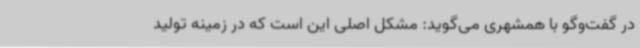
در گفت‌وگو با همشهری می‌گوید: مشکل اصلی این است که در زمینه تولید